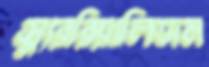
স্যুররিয়ালিজম